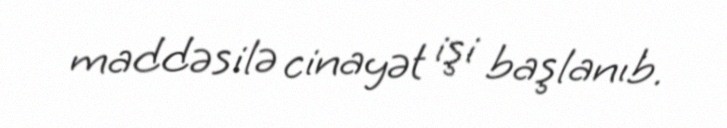
maddəsilə cinayət işi başlanıb.